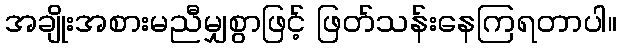
အချိုးအစားမညီမျှစွာဖြင့် ဖြတ်သန်းနေကြရတာပါ။